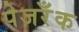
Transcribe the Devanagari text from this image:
पेजरॅँक